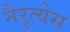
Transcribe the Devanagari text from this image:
नैरृत्येस